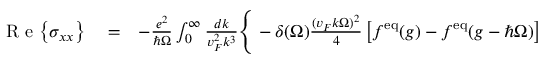
\begin{array} { r l r } { \mathrm { ~ R ~ e ~ } { \left\{ \sigma _ { x x } \right\} } } & { { } = } & { - \frac { e ^ { 2 } } { \hbar \Omega } \int _ { 0 } ^ { \infty } \frac { d k } { v _ { F } ^ { 2 } k ^ { 3 } } \Bigg \{ - \delta ( \Omega ) \frac { ( v _ { F } k \Omega ) ^ { 2 } } { 4 } \left[ f ^ { \mathrm { e q } } ( g ) - f ^ { \mathrm { e q } } ( g - \hbar \Omega ) \right] } \end{array}